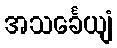
အသင်္ခေယျံ